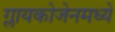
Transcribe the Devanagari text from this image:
ग्लायकोजेनमध्ये